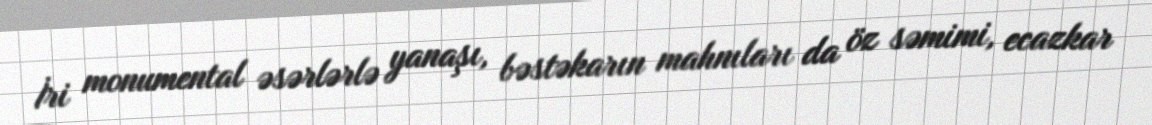
İri monumental əsərlərlə yanaşı, bəstəkarın mahnıları da öz səmimi, ecazkar